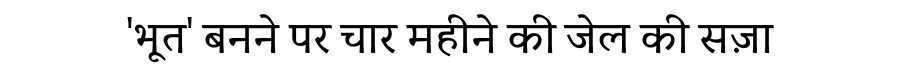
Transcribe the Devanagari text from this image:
'भूत' बनने पर चार महीने की जेल की सज़ा